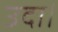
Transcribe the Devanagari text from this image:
उदा।